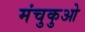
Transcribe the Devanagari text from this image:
मंचुकुओ